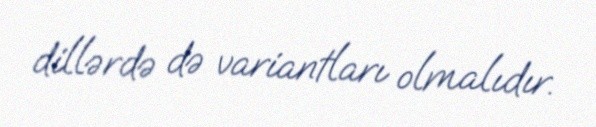
dillərdə də variantları olmalıdır.